65_HS1-834228961_62-HQ-83894_Section_9
Agency: FBI
Page 196
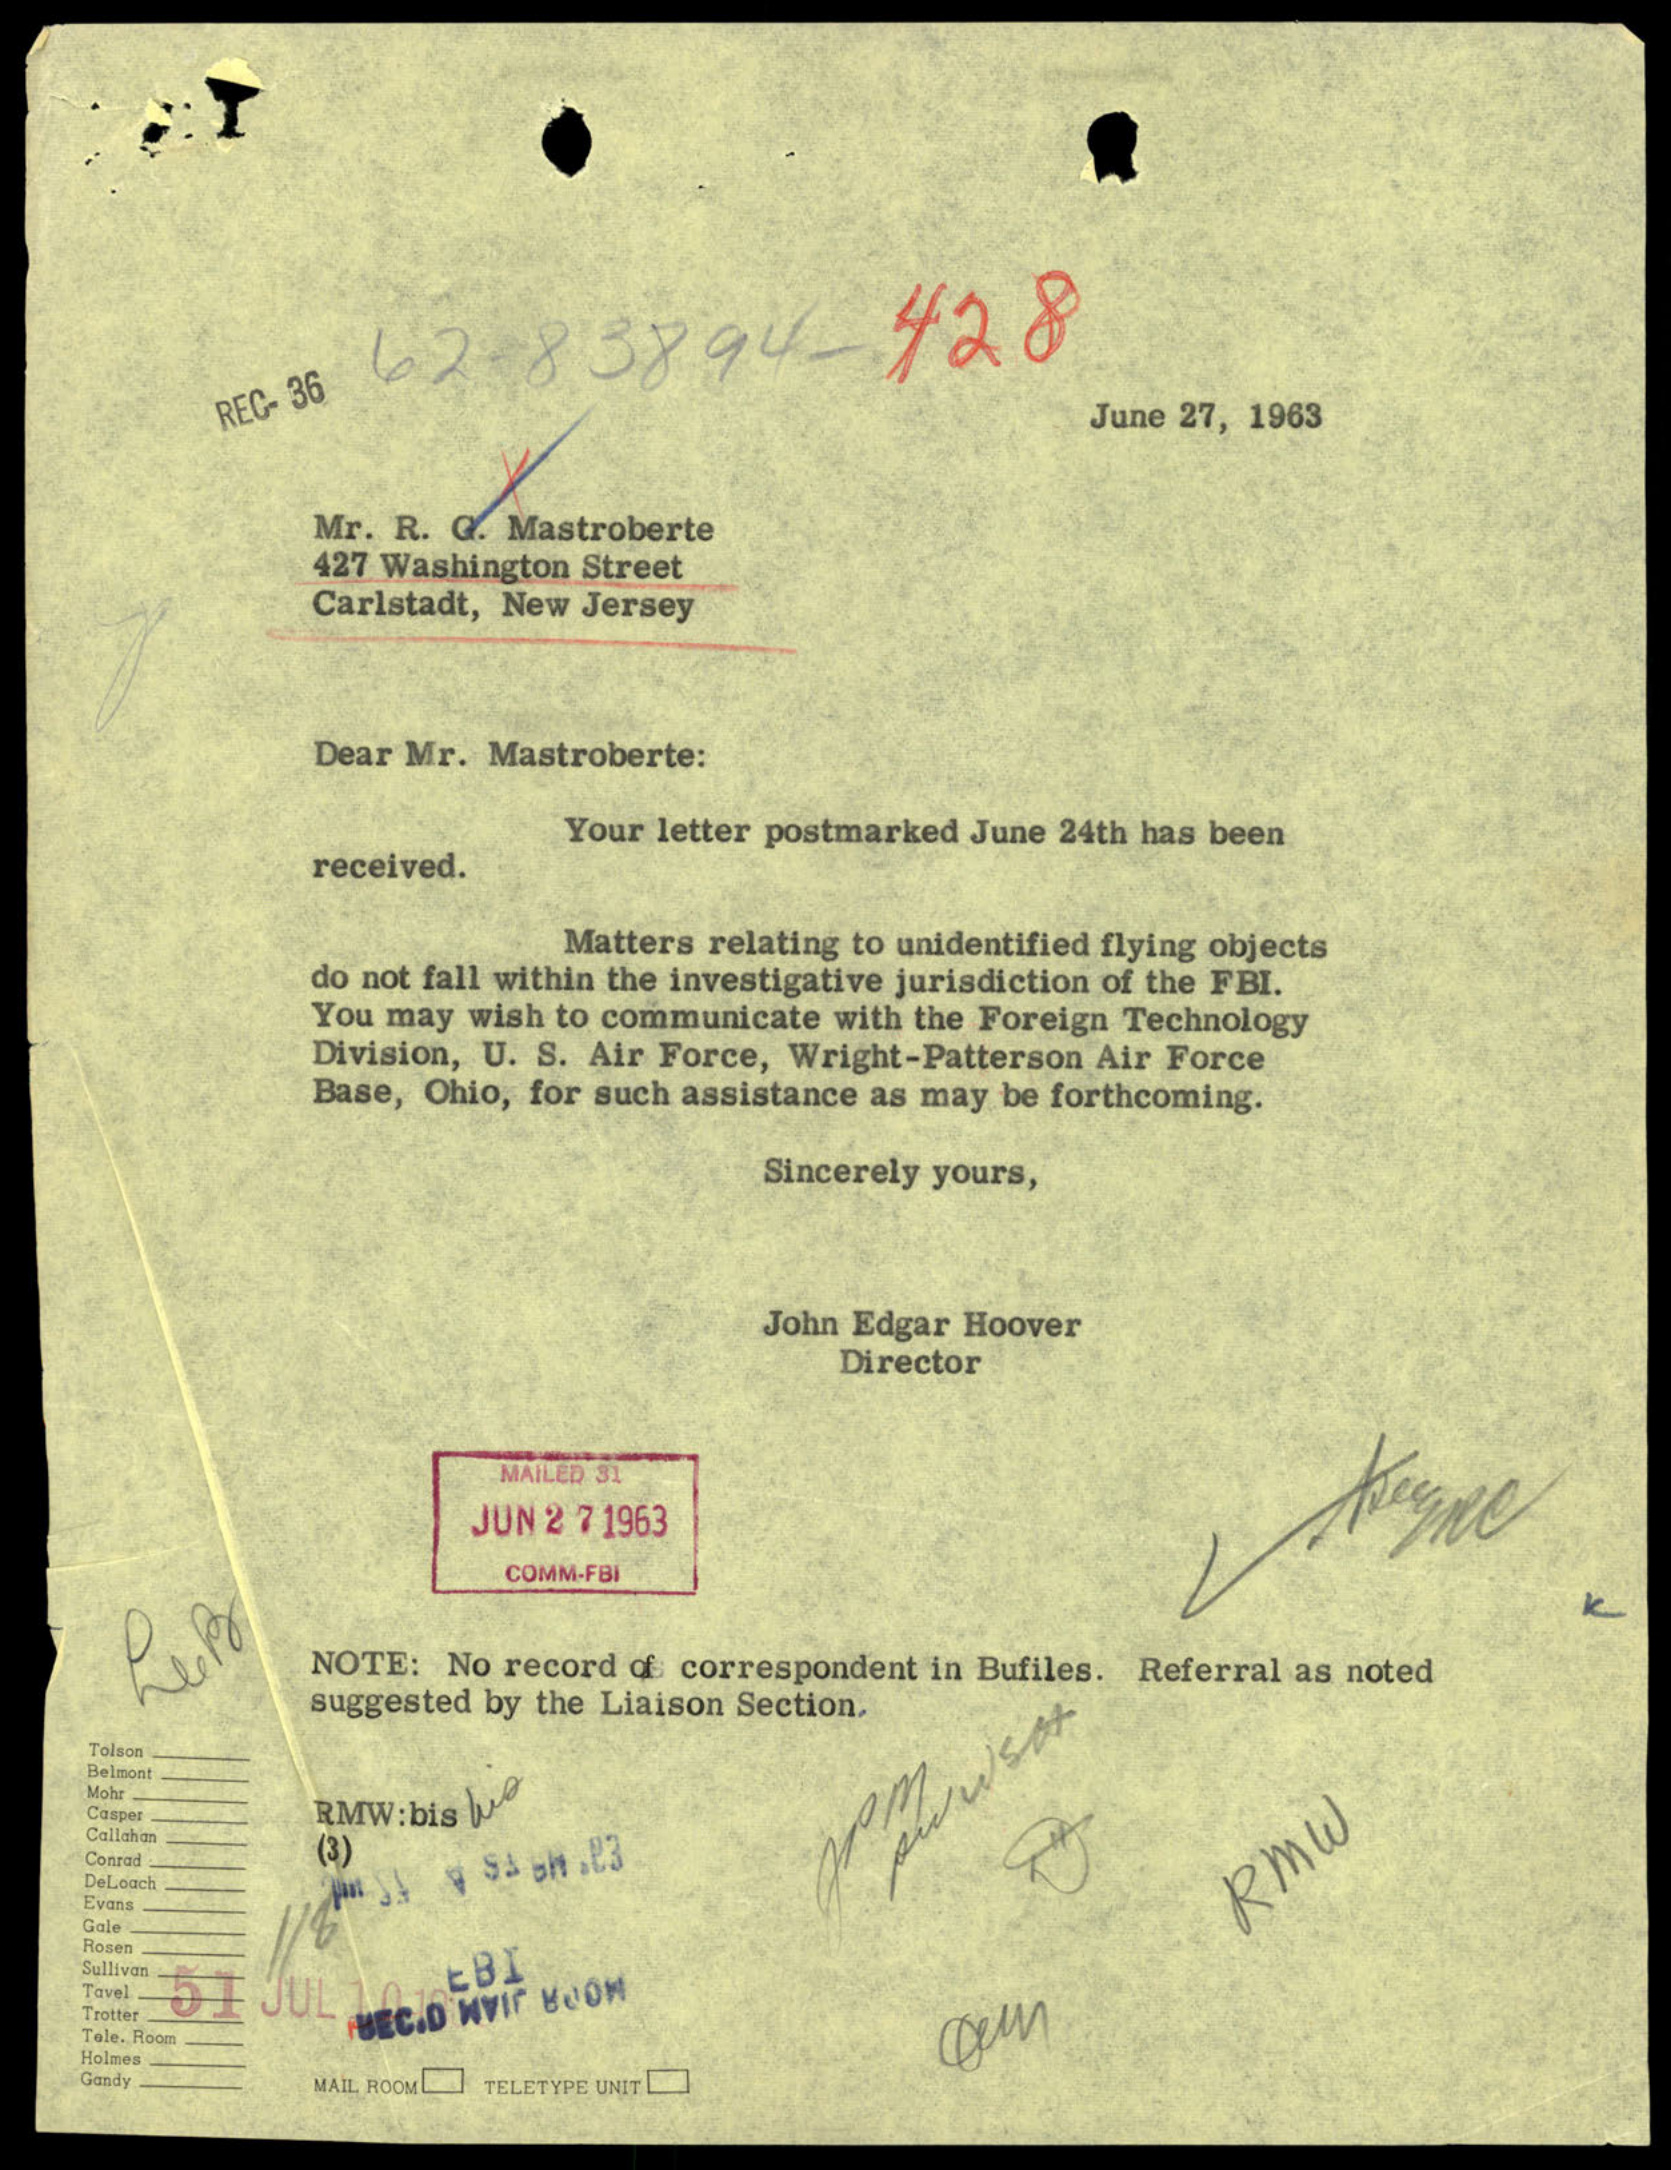